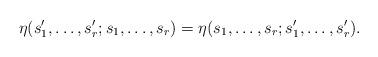
LaTeX: \begin{align*}\eta(s'_1,\ldots,s'_r;s_1,\ldots,s_r)=\eta(s_1,\ldots,s_r;s'_1,\ldots,s'_r).\end{align*}